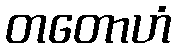
တတောဟံ